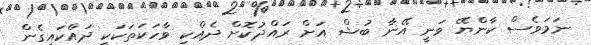
ނަމަވެސް ކާންޔޭ ވަނީ އޭނާ ބުޝް އަށް ރައްދުކޮށް ދެއްކި ވާހަކަތަކަކީ ދައްކައިގެން